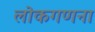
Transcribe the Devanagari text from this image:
लोकगणना